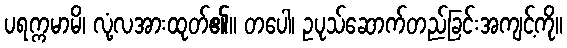
ပရက္ကမာမိ၊ လုံ့လအားထုတ်၏။ တပေါ၊ ဥပုသ်ဆောက်တည်ခြင်းအကျင့်ကို။